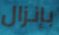
بإنزال